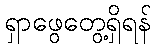
ရှာဖွေတွေ့ရှိရန်